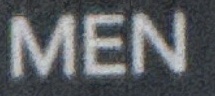
MEN